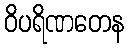
ဝိပရိဏတေန